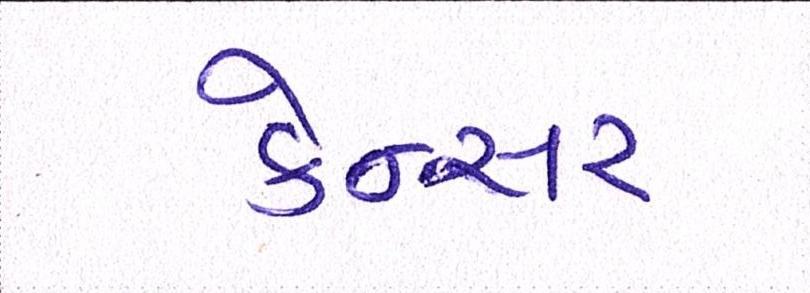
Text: કેન્સર